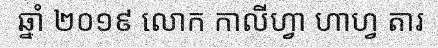
ឆ្នាំ ២០១៩ លោក កាលីហ្វា ហាហ្វ តារ